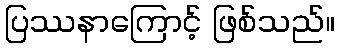
ပြဿနာကြောင့် ဖြစ်သည်။